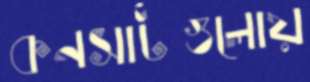
কনসার্টগুলোয়